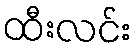
ထီးလင်း